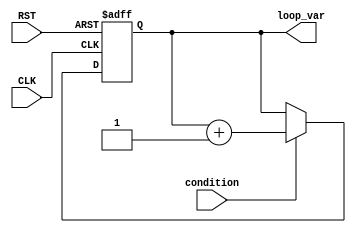
module do_while_loop (
    input wire CLK,
    input wire RST,
    input wire condition,
    output reg loop_var
);

// Initialize loop control variable
initial begin
    loop_var = 0;
end

always @(posedge CLK or posedge RST) begin
    if (RST) begin
        loop_var <= 0;
    end else begin
        if (condition) begin
            // Execute loop body
            // Add your code here
            
            // Increment loop control variable
            loop_var <= loop_var + 1;
        end
    end
end

endmodule